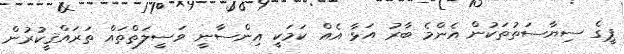
ޕީގެ ސިޔާސަތުތަކުން އެންމެ ބާރު އަޅާ އެއް ކަމަކީ އިންސާނީ ވަސީލަތްތައް ތަރައްޤީކުރުން